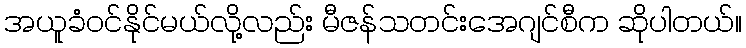
အယူခံဝင်နိုင်မယ်လို့လည်း မီဇန်သတင်းအေဂျင်စီက ဆိုပါတယ်။